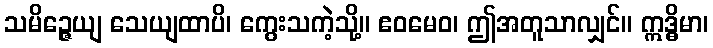
သမိဉ္ဇေယျ သေယျထာပိ၊ ကွေးသကဲ့သို့။ ဧဝမေဝ၊ ဤအတူသာလျှင်။ ဣဒ္ဓိမာ၊